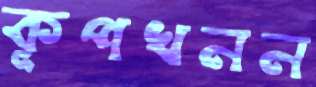
কূপখনন